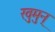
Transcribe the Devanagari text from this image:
रवुुमुन्